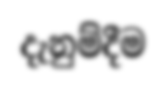
දැනුම්දීම